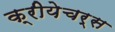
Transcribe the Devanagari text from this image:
क्रीयेचर्स